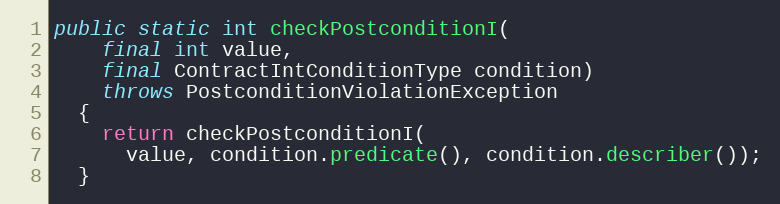
Language: Java
public static int checkPostconditionI(
    final int value,
    final ContractIntConditionType condition)
    throws PostconditionViolationException
  {
    return checkPostconditionI(
      value, condition.predicate(), condition.describer());
  }